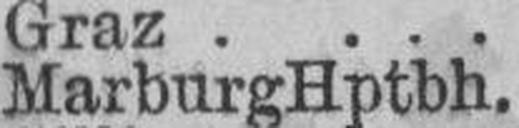
Marburg Hptbh.